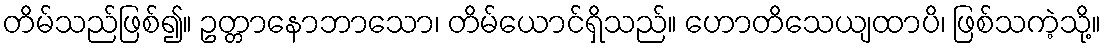
တိမ်သည်ဖြစ်၍။ ဥတ္တာနောဘာသော၊ တိမ်ယောင်ရှိသည်။ ဟောတိသေယျထာပိ၊ ဖြစ်သကဲ့သို့။